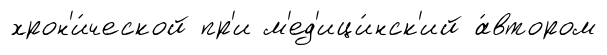
хрон'и́ческой пр'и м'ед'ици́нск'ий а́втором